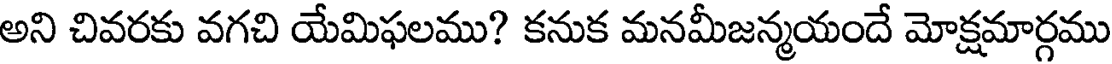
అని చివరకు వగచి యేమిఫలము? కనుక మనమీజన్మయందే మోక్షమార్గము